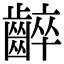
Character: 𪘧